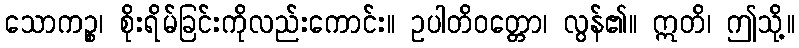
သောကဉ္စ၊ စိုးရိမ်ခြင်းကိုလည်းကောင်း။ ဥပါတိဝတ္တော၊ လွန်၏။ ဣတိ၊ ဤသို့။